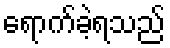
ရောက်ခဲ့ရသည်